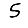
Digit: 5